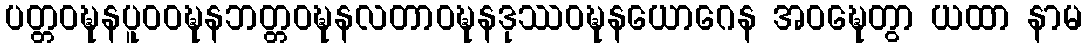
ပတ္တဝဍ္ဎနပူဝဝဍ္ဎနဘတ္တဝဍ္ဎနလတာဝဍ္ဎနဒုဿဝဍ္ဎနယောဂေန အဝဍ္ဎေတွာ ယထာ နာမ